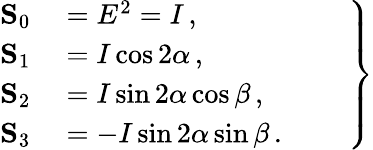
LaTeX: \left.\begin{array}{rl}{\mathbf{S}_{0}}&{{}=E^{2}=I\, ,}\\ {\mathbf{S}_{1}}&{{}=I\cos 2\alpha\, ,}\\ {\mathbf{S}_{2}}&{{}=I\sin 2\alpha\cos\beta\, ,}\\ {\mathbf{S}_{3}}&{{}=-I\sin 2\alpha\sin\beta\, .\phantom{ZZZ}}\end{array}\right\}